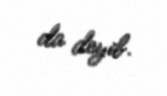
da deyib.